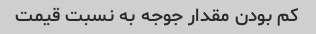
کم بودن مقدار جوجه به نسبت قیمت